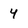
Character: 4